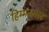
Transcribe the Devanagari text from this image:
हिम्मतमल